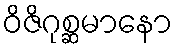
ဝိဇိဂုစ္ဆမာနော